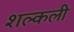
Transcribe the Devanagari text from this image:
शल्कली